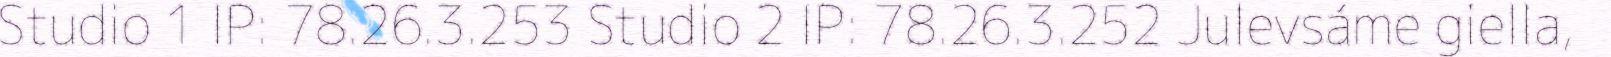
Studio 1 IP: 78.26.3.253 Studio 2 IP: 78.26.3.252 Julevsáme giella,